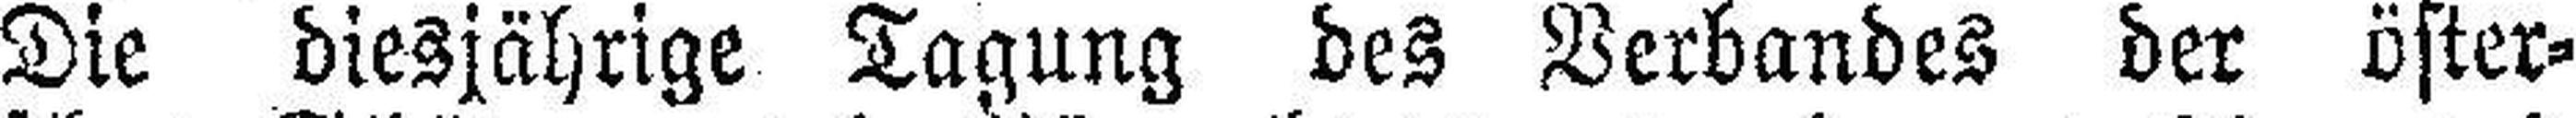
Die diesjährige Tagung des Verbandes der öster¬